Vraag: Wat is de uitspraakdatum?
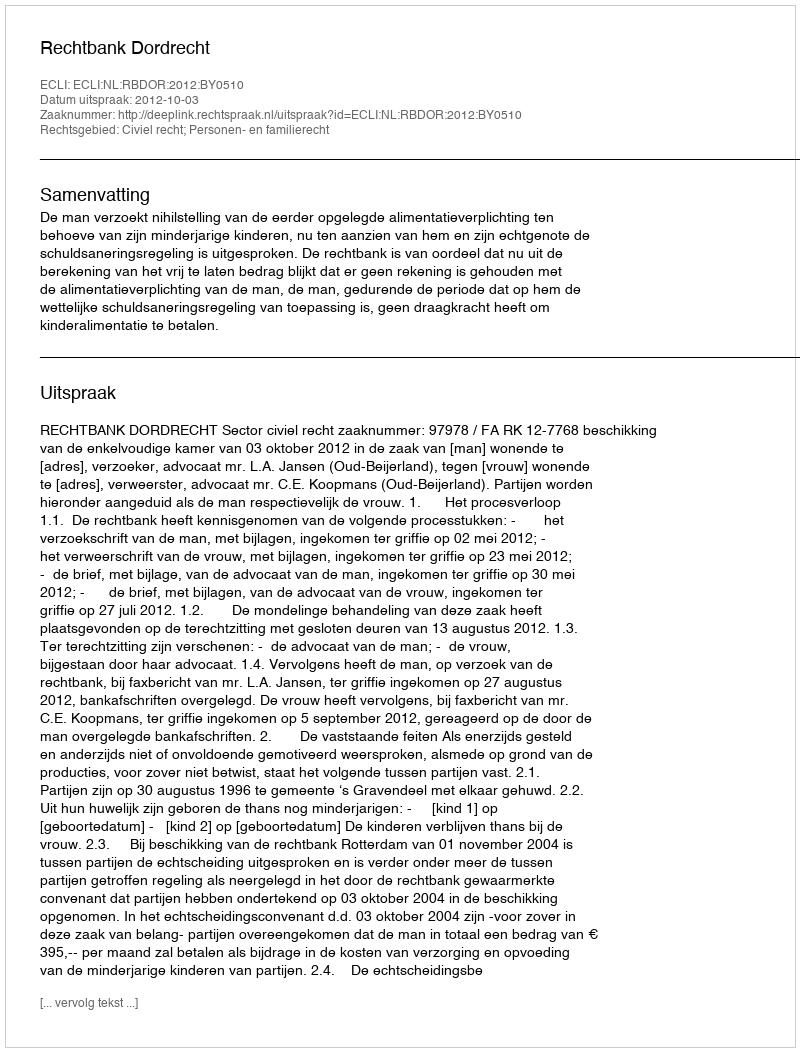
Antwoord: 2012-10-03